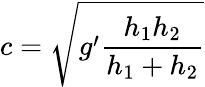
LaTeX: c=\sqrt{g^{\prime}\frac{h_{1}h_{2}}{h_{1}+h_{2}}}